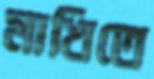
মাখিতে